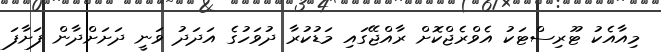
މިއާއެކު ޓޫރިސްޓަކު އެވްރެޖްކޮށް ރާއްޖޭގައި މަޑުކުރާ ދުވަހުގެ އަދަދު ވަނީ ދަށަށްދާން ފަށާފަ